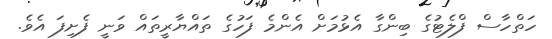
ހަތްހާސް ފްލެޓުގެ ބިންގާ އެޅުމަށް އެންމެ ފަހުގެ ތައްޔާރީތައް ވަނީ ފެށިފަ އެވެ.